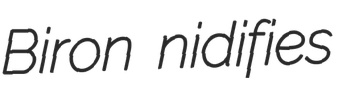
Biron nidifies